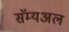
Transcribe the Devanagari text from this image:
सॅम्यअल